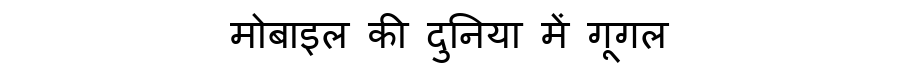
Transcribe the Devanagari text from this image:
मोबाइल की दुनिया में गूगल